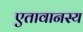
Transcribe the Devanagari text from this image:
एतावानस्य